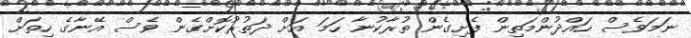
ނަމަވެސް ހައްދުންމަތިން ފެށިގެން ތުރާކުނާ ހަމަ އަށް ދަތުރުކޮށްގެން ވެސް އޭނާގެ ހިތަށް